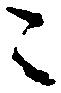
ニ